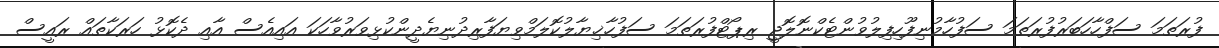
ފުރަތަމަ ސަފްހާހަބަރުފުރަތަމަ ސަފުހާމުނިފޫހިފިލުވުންޓެކްނޮލޮޖީ ރިޕޯޓްފުރަތަމަ ސަފުހާޚިޔާލުކޮލަމްވިޔަފާރިދުނިޔެދީންކުޅިވަރުވާހަކަ އައިއެސް އާއި ދެކޮޅު ހަރަކާތައް ރައީސް